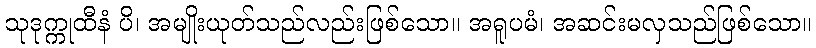
သုဒုက္ကုထီနံ ပိ၊ အမျိုးယုတ်သည်လည်းဖြစ်သော။ အရူပမံ၊ အဆင်းမလှသည်ဖြစ်သော။